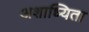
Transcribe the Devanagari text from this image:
अशाध्यिता